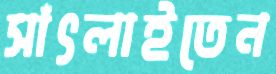
সাঁৎলাইতেন